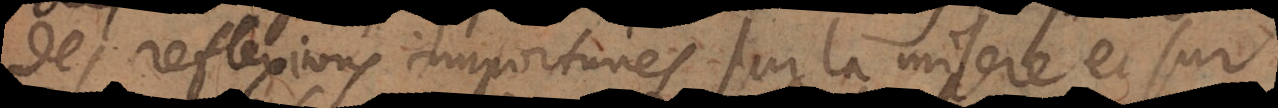
des reflexions importunes sur la misere et sur